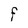
Character: F